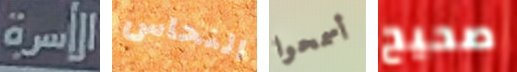
الأسرة النحاس أسمحوا صحيح